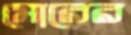
মোরের